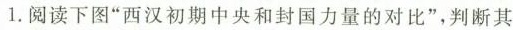
1.阅读下图”西汉初期中央和封国力量的对比”，判断其